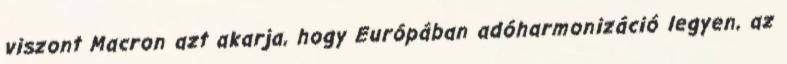
viszont Macron azt akarja, hogy Európában adóharmonizáció legyen, az